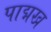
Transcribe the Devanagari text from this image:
पाद्मख